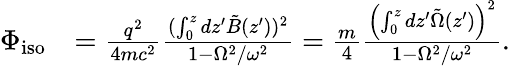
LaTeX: \begin{array}{rl}{\Phi_{\mathrm{iso}}}&{=\frac{q^{2}}{4mc^{2}}\frac{(\int_{0}^{z}dz^{\prime}\tilde{B}(z^{\prime}))^{2}}{1-\Omega^{2}/\omega^{2}}=\frac{m}{4}\frac{\left(\int_{0}^{z}dz^{\prime}\tilde{\Omega}(z^{\prime})\right)^{2}}{1-\Omega^{2}/\omega^{2}}.}\end{array}